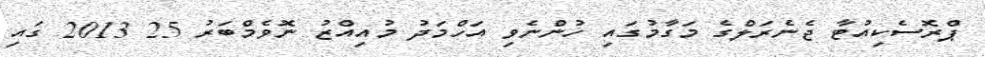
ޕްރޮސެކިއުޓާ ޖެނެރަލްގެ މަގާމުގައި ހުންނެވި އަހްމަދު މުއިއްޒު ނޮވެމްބަރު 25 2013 ގައި